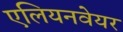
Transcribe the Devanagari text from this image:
एलियनवेयर